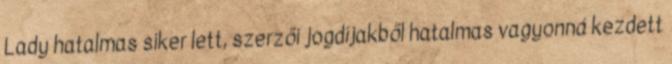
Lady hatalmas siker lett, szerzői jogdíjakből hatalmas vagyonná kezdett